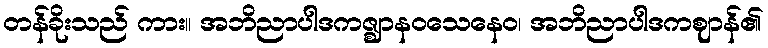
တန်ခိုးသည် ကား။ အဘိညာပါဒကဇ္ဈာနဝသေနေဝ၊ အဘိညာပါဒကဈာန်၏